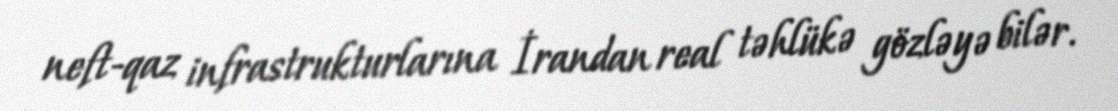
neft-qaz infrastrukturlarına İrandan real təhlükə gözləyə bilər.